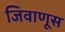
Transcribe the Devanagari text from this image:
जिवाणूस